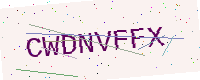
Text: CWDNVFFX